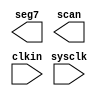
module cymometer(seg7,scan,sysclk,clkin);
output[6:0]seg7;
output[7:0]scan;
input sysclk;  //50MHz
input clkin;  //
reg[6:0]seg7; //
reg[7:0]scan; //
reg[24:0]cnt;
reg clk_cnt;
reg clk_s;
reg[3:0] cntp1,cntp2,cntp3,cntp4,cntp5,cntp6,cntp7,cntp8;
reg[3:0] cntq1,cntq2,cntq3,cntq4,cntq5,cntq6,cntq7,cntq8;
reg[3:0]dat;
//0.5Hz
always @(posedge sysclk)
begin
 if(cnt==25'b1_0111_1101_0111_1000_0100_0000)
 begin clk_cnt<=~clk_cnt;cnt<=0;end
 else
  begin cnt<=cnt+1;end
end
reg[3:0] clk_ten;
//10s
always @(posedge clk_cnt)
begin
if(clk_ten=='b1001)
 begin
  clk_ten<='b0000;clk_s<=~clk_s;end
  else
  clk_ten<=clk_ten+1;
end
 //10s
always @(posedge clkin)
begin
 if(clk_s)
 begin
  if(cntp1=='b1001)
   begin cntp1<='b0000;cntp2<=cntp2+1;
    if(cntp2=='b1001)
     begin cntp2<='b0000;cntp3<=cntp3+1;
      if(cntp3=='b1001)
       begin cntp3<='b0000;cntp4<=cntp4+1;
	     if(cntp4=='b1001)
		   begin cntp4<='b0000;cntp5<=cntp5+1;
	       if(cntp5=='b1001)
		     begin cntp5<='b0000;cntp6<=cntp6+1;
			   if(cntp6=='b1001)
		       begin cntp6<='b0000;cntp7<=cntp7+1;
		        if(cntp7=='b1001)
			      begin cntp7<='b0000;cntp8<=cntp8+1;
		          if(cntp8=='b1001)
			        begin cntp8<='b0000;end
				   end
			    end
		     end
		   end
       end
     end
	end
  else begin cntp1<=cntp1+1;end
 end
else
 begin
 if(cntp1!='b0000|cntp2!='b0000|cntp3!='b0000|cntp4!='b0000|cntp5!='b0000|cntp6!='b0000|cntp7!='b0000|cntp8!='b0000)//
  begin
   cntq1<=cntp1;cntq2<=cntp2;cntq3<=cntp3;
   cntq4<=cntp4;cntq5<=cntp5;cntq6<=cntp6;
   cntq7<=cntp7;cntq8<=cntp8;
   cntp1<='b0000;cntp2<='b0000;cntp3<='b0000;
   cntp4<='b0000;cntp5<='b0000;cntp6<='b0000;
   cntp7<='b0000;cntp8<='b0000;
  end
 end
 end
//

 endmodule